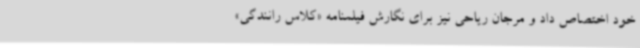
خود اختصاص داد و مرجان ریاحی نیز برای نگارش فیلمنامه «کلاس رانندگی»